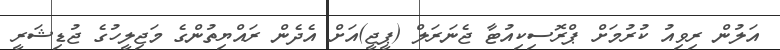
އަލުން ރިވިއު ކުރުމަށް ޕްރޮސިކިއުޓާ ޖެނަރަލް (ޕީޖީ)އަށް އެދެން ރައްޔިތުންގެ މަޖިލީހުގެ ޖުޑިޝަރީ